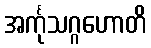
အင်္ကုသဂ္ဂဟောတိ